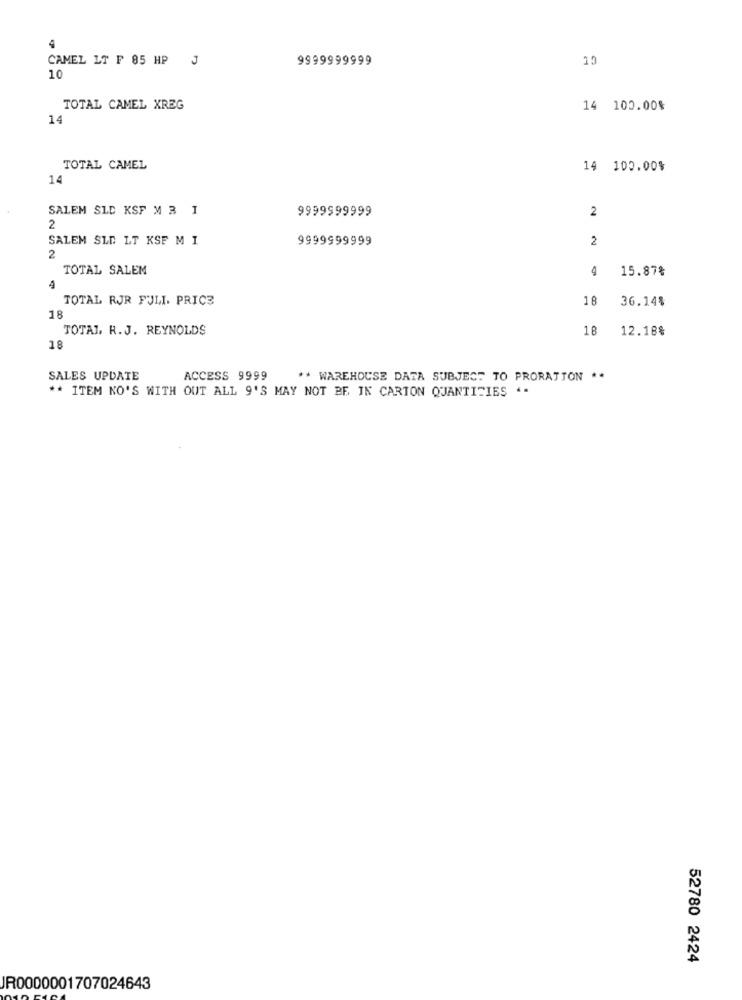
4
CAMEL LT F 85 HP J
9999999999
10
10
TOTAL CAMEL XREG
14 100.00%
14
TOTAL CAMEL
14 100.00%
14
SALEM SLD KSF M 3 I
9999999999
2
2
SALEM SLD LT KSF M I
9999999999
2
2
TOTAL SALEM
15.87%
TOTAL RJR FULL. PRICE
18
36.14%
18
TOTAL R.J. REYNOLDS
18
12.18%
18
SALES UPDATE
ACCESS 9999
** WAREHOUSE DATA SUBJECT TO PRORATION **
** ITEM NO'S WITH OUT ALL 9'S MAY NOT BE IN CARTON QUANTITIES .-
52780 2424
JR0000001707024643